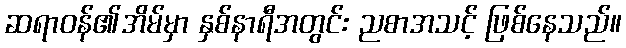
ဆရာဝန်၏အိမ်မှာ နှစ်နာရီအတွင်း ညစာအသင့် ဖြစ်နေသည်။